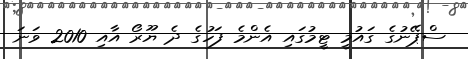
ސްޕޭނުގެ ގައުމީ ޓީމުގައި އެންމެ ފަހުގެ ދެ ޔޫރޯ އާއި 2010 ވަނަ